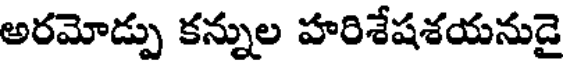
అరమోడ్పు కన్నుల హరిశేషశయనుడై